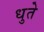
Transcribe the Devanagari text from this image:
धुते